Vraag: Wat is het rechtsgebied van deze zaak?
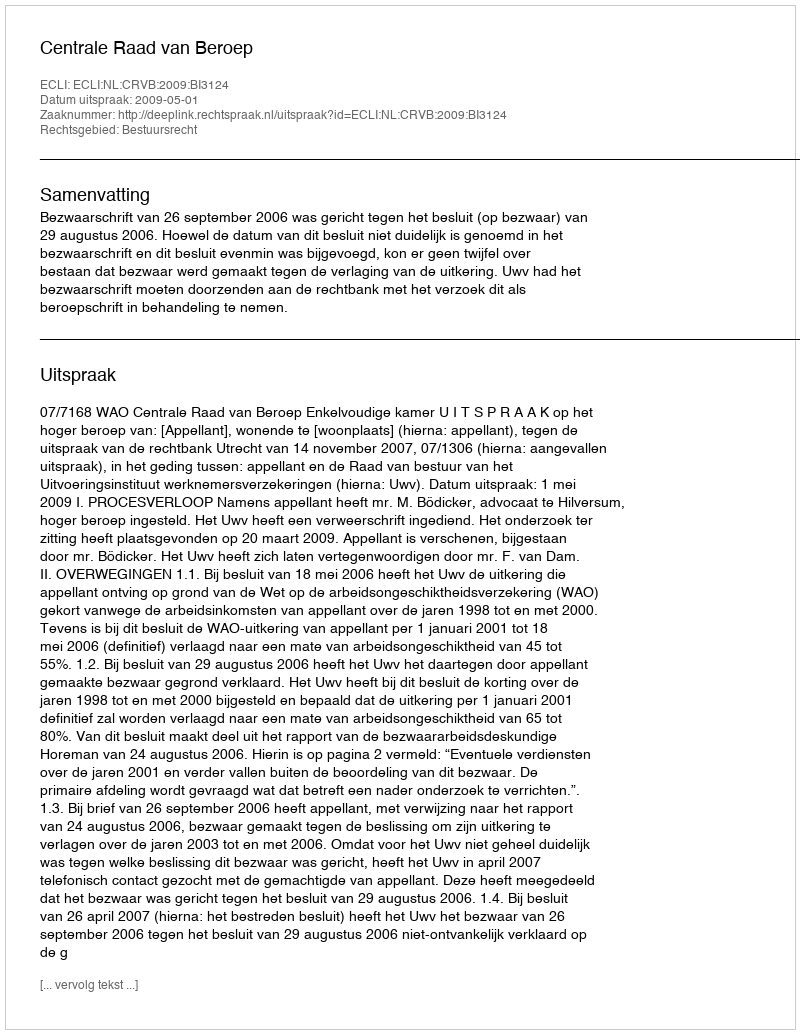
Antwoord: Bestuursrecht